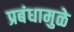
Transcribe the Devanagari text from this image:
प्रबंधामुळे